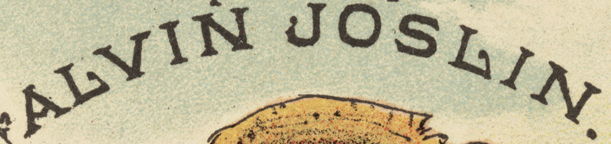
ALVIN JOSLIN.